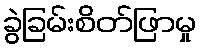
ခွဲခြမ်းစိတ်ဖြာမှု